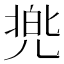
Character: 兠